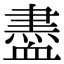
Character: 𧗊